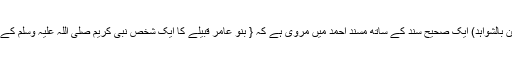
۱؎ (مسند احمد:319/1:حسن بالشواہد) ایک صحیح سند کے ساتھ مسند احمد میں مروی ہے کہ { بنو عامر قبیلے کا ایک شخص نبی کریم صلی اللہ علیہ وسلم کے پاس آیا کہنے لگا میں آؤں ؟